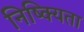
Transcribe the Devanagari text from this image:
निष्क्यिता